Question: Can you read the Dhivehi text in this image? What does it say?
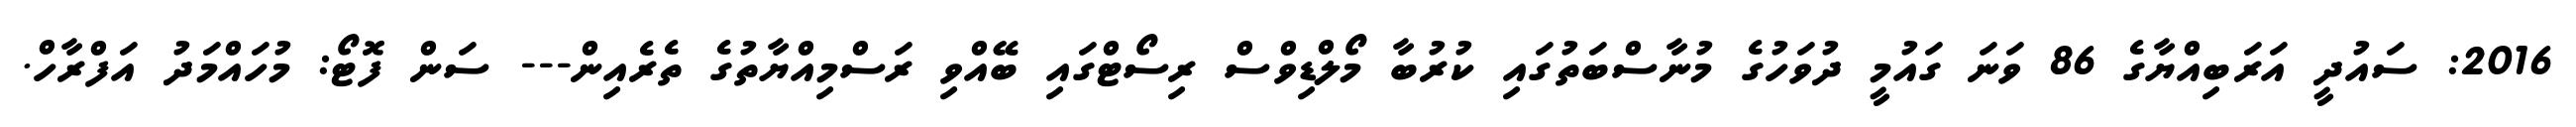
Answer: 2016: ސައުދީ އަރަބިއްޔާގެ 86 ވަނަ ގައުމީ ދުވަހުގެ މުނާސްބަތުގައި ކުރުބާ މޯލްޑިވްސް ރިސޯޓްގައި ބޭއްވި ރަސްމިއްޔާތުގެ ތެރެއިން--- ސަން ފޮޓޯ: މުހައްމަދު އަފްރާހް.